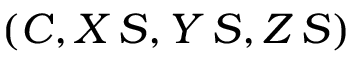
( C , X \, S , Y \, S , Z \, S )